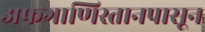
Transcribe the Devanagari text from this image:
अफगाणिस्तानपासून